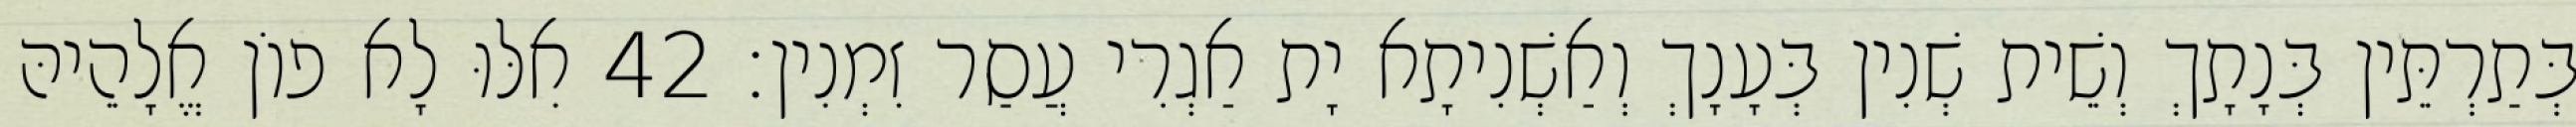
בְּתַרְתֵּין בְּנָתָךְ וְשֵׁית שְׁנִין בְּעָנָךְ וְאַשְׁנִיתָא יָת אַגְרִי עֲסַר זִמְנִין׃ 42 אִלּוּ לָא פוֹן אֱלָהֵיהּ